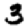
Digit: 3